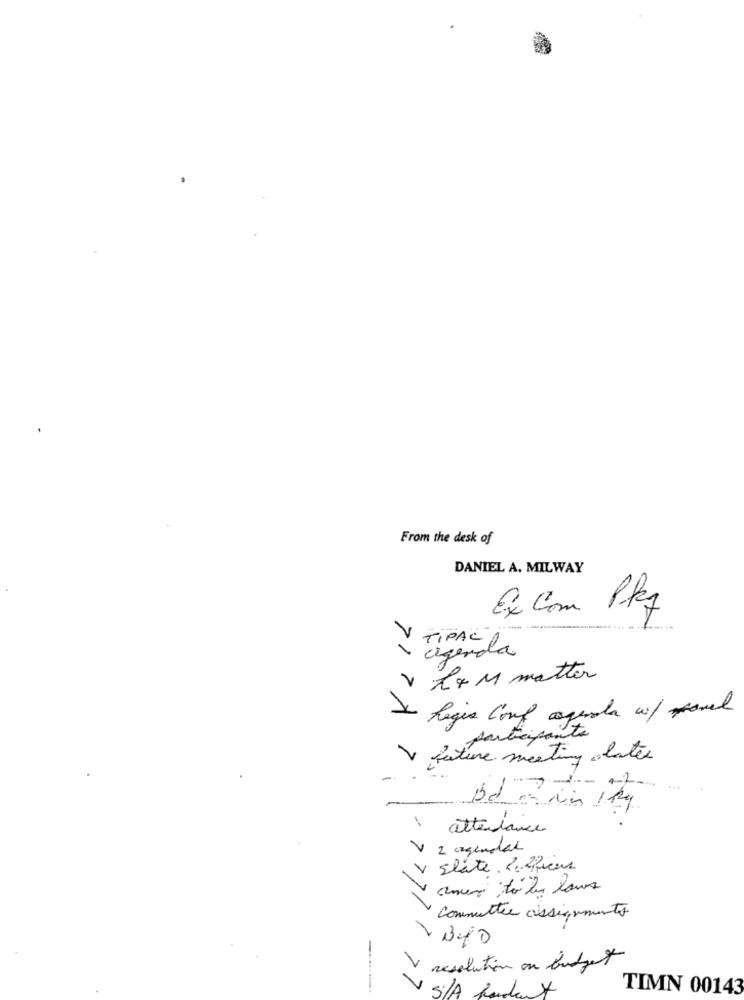
From the desk of
DANIEL A. MILWAY
Ex Com Pkg
.. ....
V TIPACL
agenda
V L& M matter
Se Regis Comp aquila c/ panel
participants
V future meeting alates
Bd -rin 1 kg
attendance
V 2 agendar
V state. L.SiPiens
v.
ameri ;to de leurs
Commutter assignments
V resolution on budget
S/A
TIMN 00143